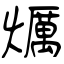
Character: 爄